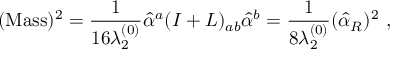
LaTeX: ( \mathrm { M a s s } ) ^ { 2 } = { \frac { 1 } { 1 6 \lambda _ { 2 } ^ { ( 0 ) } } } \hat { \alpha } ^ { a } ( I + L ) _ { a b } \hat { \alpha } ^ { b } = { \frac { 1 } { 8 \lambda _ { 2 } ^ { ( 0 ) } } } ( \hat { \alpha } _ { R } ) ^ { 2 } ~ ,